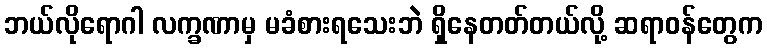
ဘယ်လိုရောဂါ လက္ခဏာမှ မခံစားရသေးဘဲ ရှိနေတတ်တယ်လို့ ဆရာဝန်တွေက